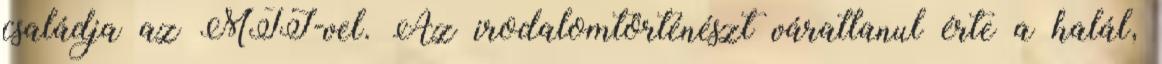
családja az MTI-vel. Az irodalomtörténészt váratlanul érte a halál,